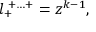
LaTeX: l _ { + } ^ { \; + \ldots + } = z ^ { k - 1 } ,